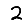
Digit: 2